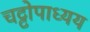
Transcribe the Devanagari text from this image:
चट्टोपाध्यय